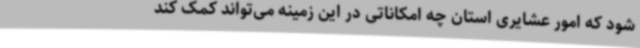
شود که امور عشایری استان چه امکاناتی در این زمینه می‌تواند کمک کند